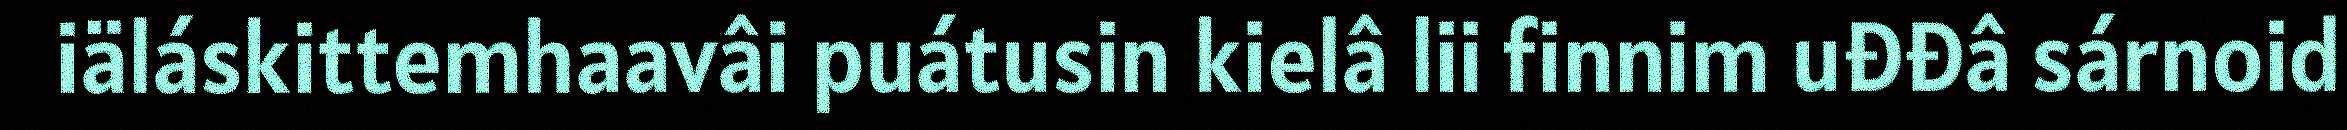
iäláskittemhaavâi puátusin kielâ lii finnim uđđâ sárnoid